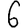
Digit: 6